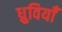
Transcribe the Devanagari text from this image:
ध्रुवियाँ